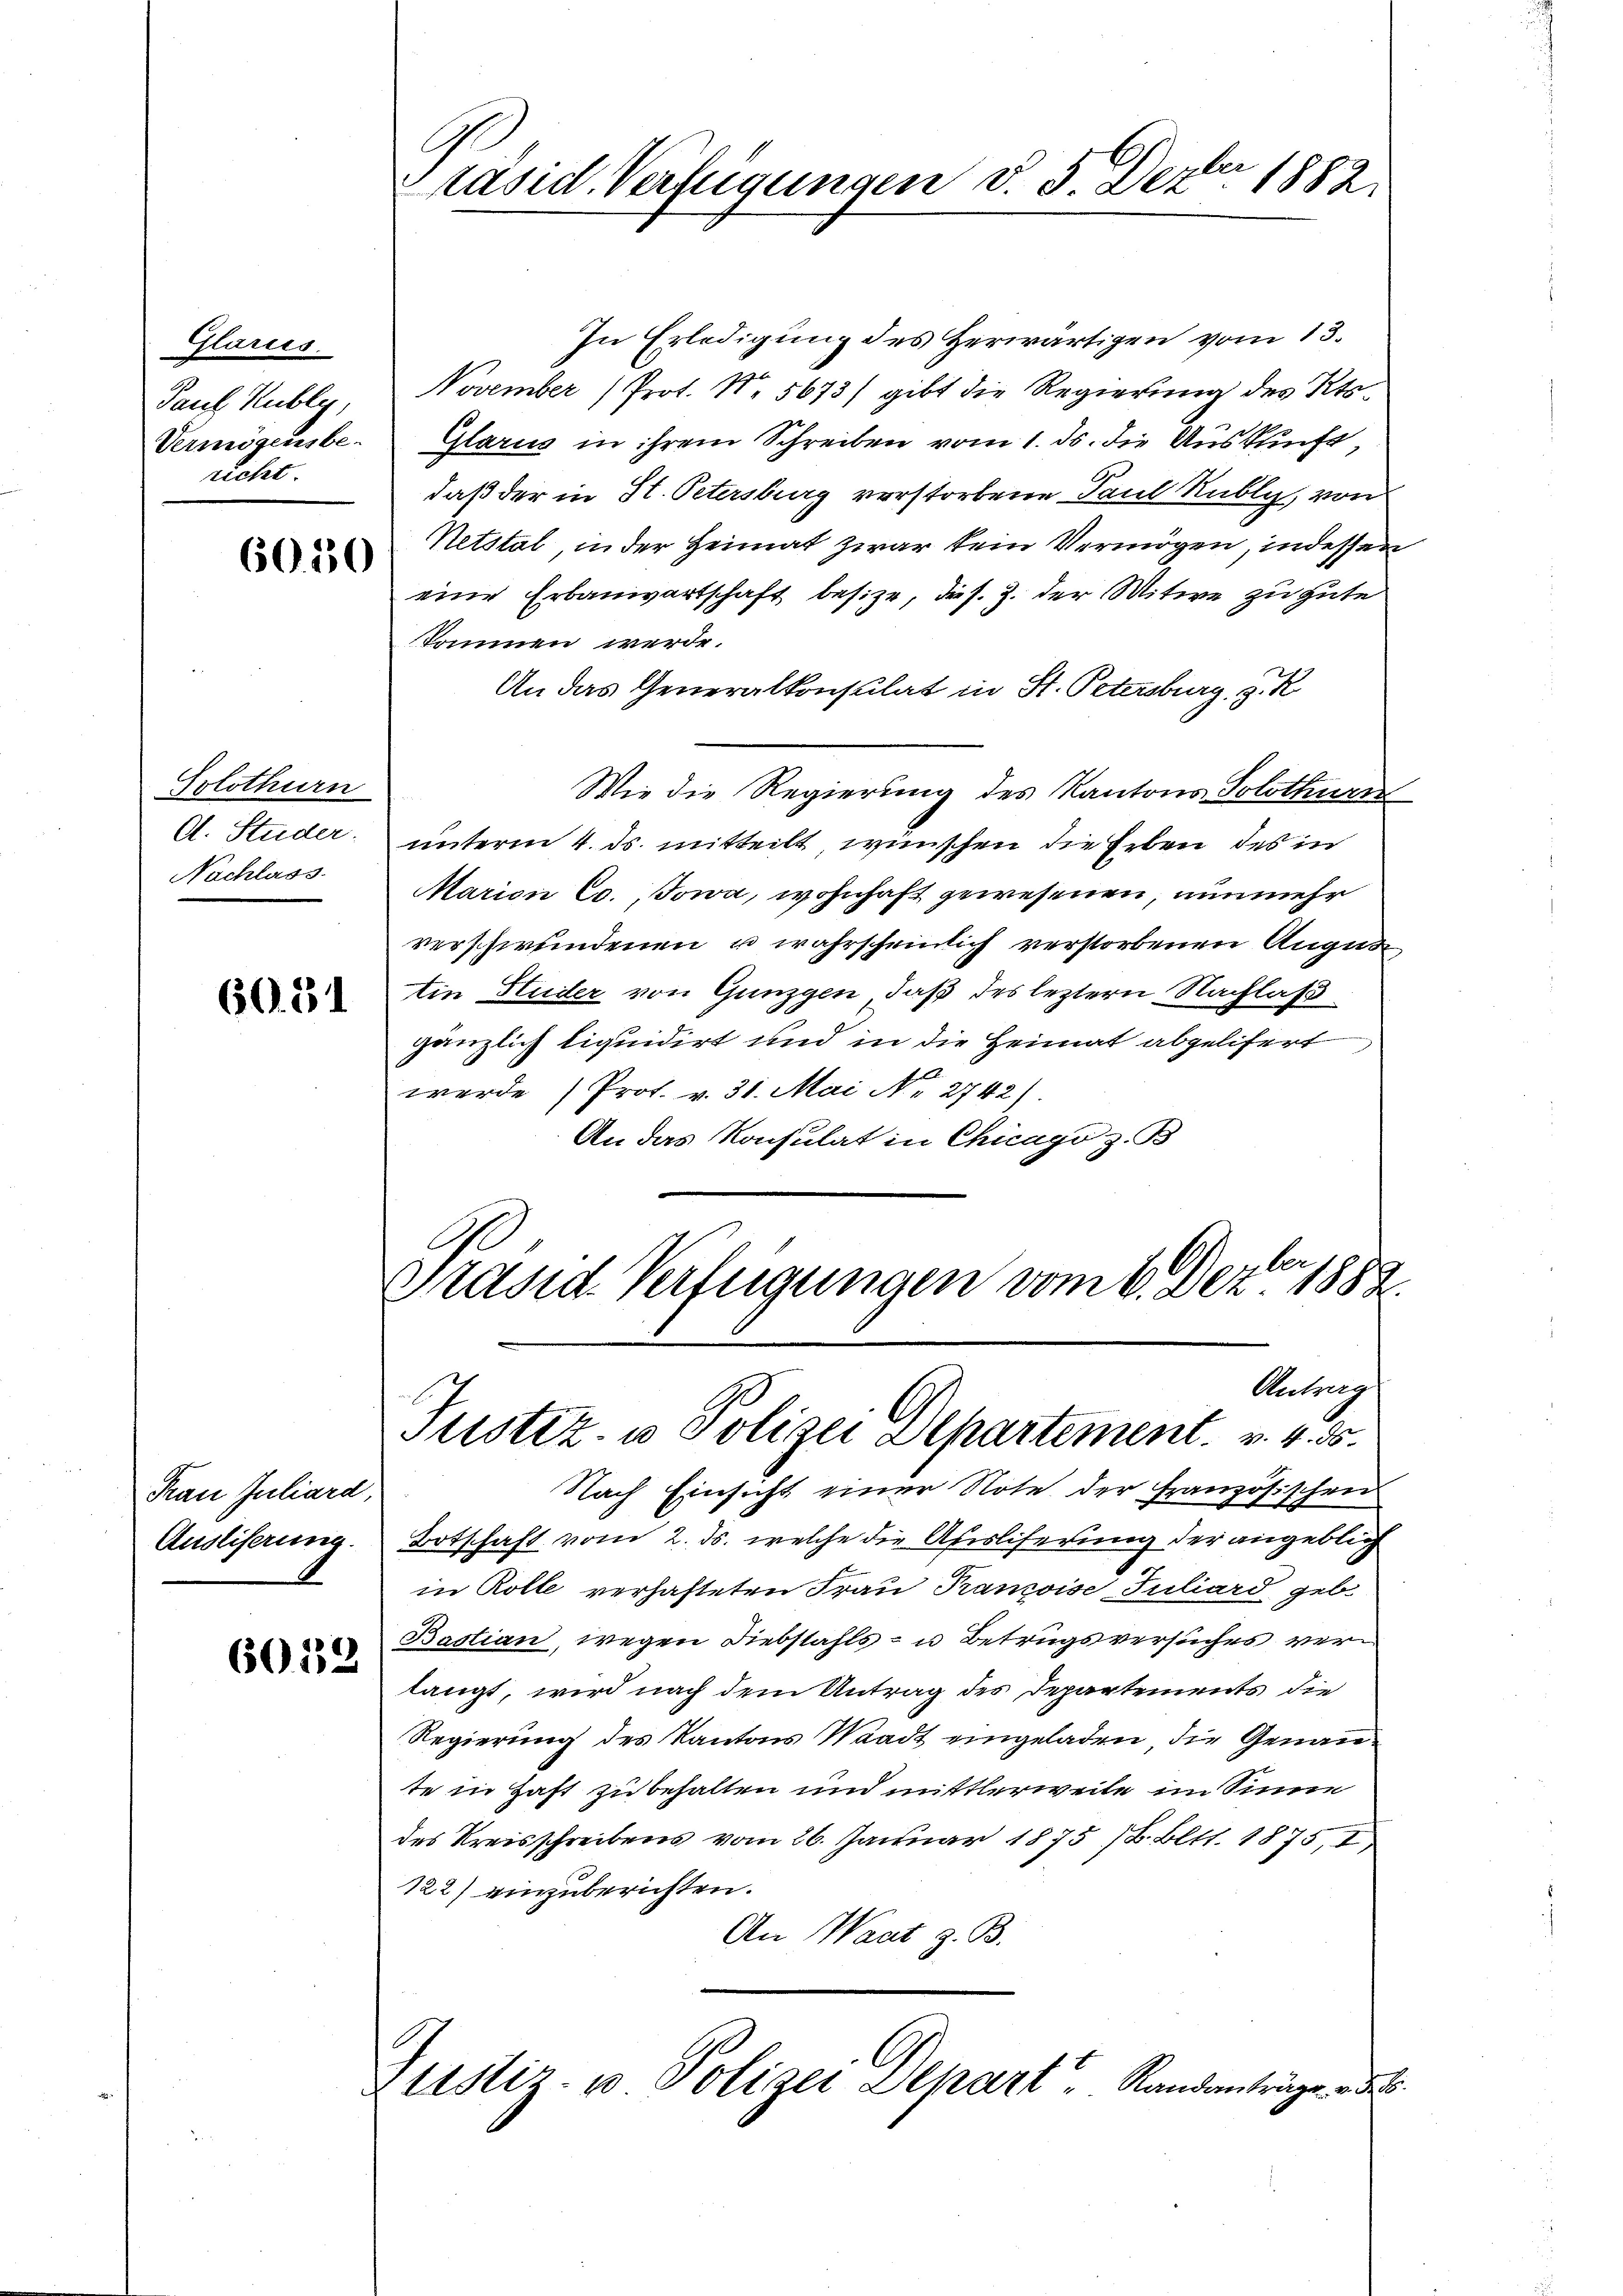
Glarus.
Paul Kubly,
Vermögensbe-
richt.

6050

Solothurn
A. Studer.
Nachlass.

60. 51

Frau Juliard,
Austiferung.

6012

räsid. Verfügungen d. 5. Dezbr 1882.

In Erledigung des Herwärtigen vom 13.
November (Prot. N. 5673/ gibt die Regierung des Kts.
Glarus in ihrem Schreiben vom 1. ds. die Auskunft,
daß der in St. Petersburg verstorbene Paul Kubli, von
Netstal in der Heimat zwar kein Vermögen, indessen
eine Erbauwartschaft besitze, die s. Z. der Witwe zu gute
skommen werde.
An das Generalkonsulat in St. Petersburg, z. R.
Wie die Regierung des Kantons Solothurn
unterm 4. ds. mitteilt, wünschen die Erben des in
Marien Co. Jowa, wohnhaft gewesenen, nunmehr
verschwendenen u wahrscheinlich verstorbenen Augus
tin Huder von Gunzgen, daß des leztern Nachlaß
gänzlich liquidirt und in die Heimat abgelifert
werde Prof. v. 31. Mai Nr. 2742).
An das Konsulat in Chicago z. B.
Präsid. Verfügungen vom 6. Dez. 1882.
Antrag
Justiz- u Polizei Departement. v. 4. 55.
Nach Einsicht einer Note der Französischen
Botschaft vom 2. ds. welche die Ausliferung der angeblich
in Rolle verhafteten Frau Pranzoise Juliard geb.
Bastian, wegen Diebstahls - u Betrugsversuches verlangt, wird nach dem Antrag des Departements die
Regierung des Kantons Waadt eingeladen die Genannte in Haft zu behalten und mittlerweile im Sinne
des Kreisschreibens vom 26. Januar 1875 (8. Bett. 1875, I
122) einzuberichten.
An Wart z. B.
Zustiz- u Polizei Depart Randanträge des